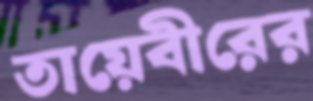
তায়েবীরের